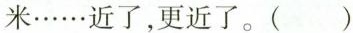
米……近了，更近了。( )